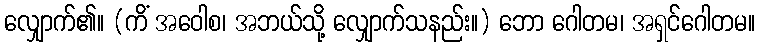
လျှောက်၏။ (ကိံ အဝေါစ၊ အဘယ်သို့ လျှောက်သနည်း။) ဘော ဂေါတမ၊ အရှင်ဂေါတမ။